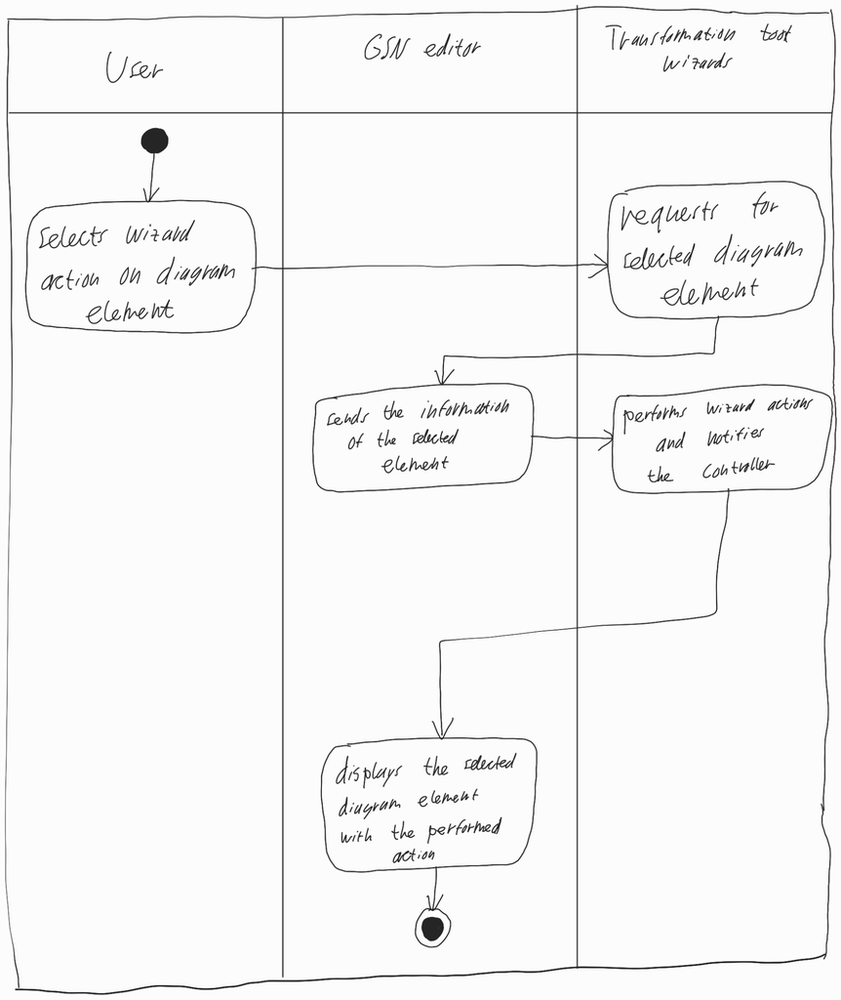
Diagram type: activity_diagram
```plantuml
@startuml

|User|

start

:selects wizard action on diagram element;

|Transformation tool wizards|

:requests for selected diagram element;

|GSN editor|

:sends the information of the selected element;

|Transformation tool wizards|

:performs wizard actions and notifies the controller;

|GSN editor|

:displays the selected diagram element with the performed action;

stop

@enduml
```